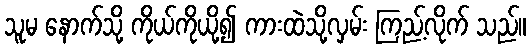
သူမ နောက်သို့ ကိုယ်ကိုယို့၍ ကားထဲသို့လှမ်း ကြည့်လိုက် သည်။